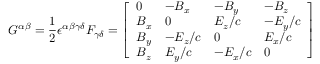
G ^ { \alpha \beta } = { \frac { 1 } { 2 } } \epsilon ^ { \alpha \beta \gamma \delta } F _ { \gamma \delta } = { \left[ \begin{array} { l l l l } { 0 } & { - B _ { x } } & { - B _ { y } } & { - B _ { z } } \\ { B _ { x } } & { 0 } & { E _ { z } / c } & { - E _ { y } / c } \\ { B _ { y } } & { - E _ { z } / c } & { 0 } & { E _ { x } / c } \\ { B _ { z } } & { E _ { y } / c } & { - E _ { x } / c } & { 0 } \end{array} \right] }